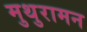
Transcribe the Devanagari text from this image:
मुथुरामन